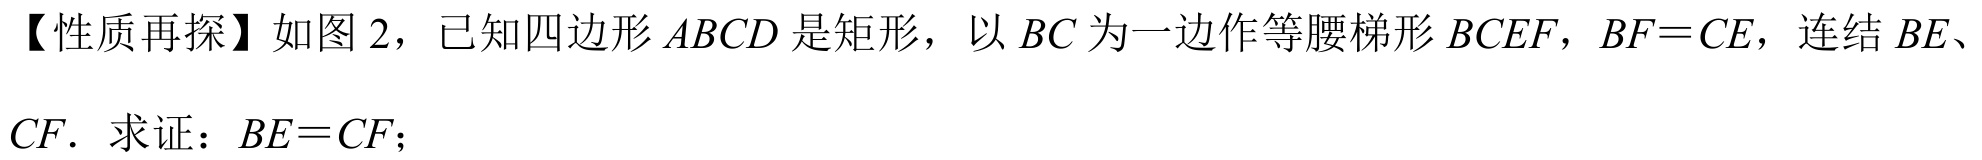
【性质再探】如图 2，已知四边形$ABCD$是矩形，以$BC$为一边作等腰梯形$BCEF$，$BF = CE$，连结$BE$、
$CF$．求证：$BE = CF$；